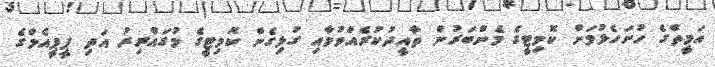
އަމީތްގެ ހުށަހެޅުމަށް ކޮމިޓީގެ މެންބަރުން ތާއީދުކުރެއްވުމާއި ގުޅިގެން ކޮމިޓީގެ މުގައްރިރު އަދި ޕީޕީއެމްގެ